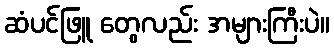
ဆံပင်ဖြူ တွေလည်း အများကြီးပဲ။